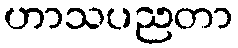
ဟာသပညတာ